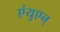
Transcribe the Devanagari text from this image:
एंयुएन्